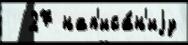
  27 нап'иса́н'иjу